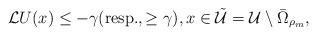
LaTeX: \begin{align*} {\cal L} U(x)\leq-\gamma(\mbox{resp.}, \ge\gamma ), x\in\tilde{\cal U}={\cal U}\setminus\bar\Omega_{\rho_m},\end{align*}